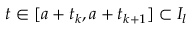
t \in [ a + t _ { k } , a + t _ { k + 1 } ] \subset I _ { l }